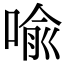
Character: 喻